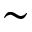
\sim